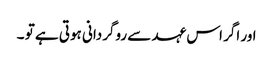
اور اگر اس عہد سے روگردانی ہوتی ہے تو ۔